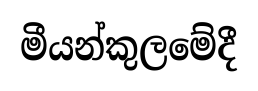
මීයන්කුලමේදී